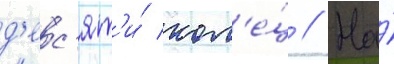
д'ес'ят'и́ кол'е́ц // На́